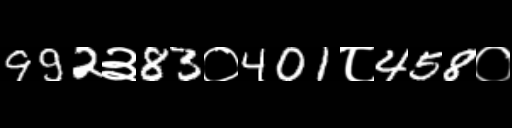
Text: 992३83०401८458०